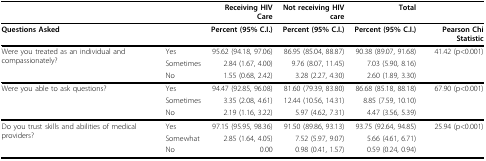
<table><thead><tr><td></td><td></td><td><b>Receiving HIV Care</b></td><td><b>Not receiving HIV care</b></td><td><b>Total</b></td><td></td></tr></thead><tbody><tr><td><b>Questions Asked</b></td><td></td><td><b>Percent (95% C.I.)</b></td><td><b>Percent (95% C.I.)</b></td><td><b>Percent (95% C.I.)</b></td><td><b>Pearson Chi Statistic</b></td></tr><tr><td rowspan="3">Were you treated as an individual and compassionately?</td><td>Yes</td><td>95.62 (94.18, 97.06)</td><td>86.95 (85.04, 88.87)</td><td>90.38 (89.07, 91.68)</td><td rowspan="3">41.42 (p&lt;0.001)</td></tr><tr><td>Sometimes</td><td>2.84 (1.67, 4.00)</td><td>9.76 (8.07, 11.45)</td><td>7.03 (5.90, 8.16)</td></tr><tr><td>No</td><td>1.55 (0.68, 2.42)</td><td>3.28 (2.27, 4.30)</td><td>2.60 (1.89, 3.30)</td></tr><tr><td rowspan="3">Were you able to ask questions?</td><td>Yes</td><td>94.47 (92.85, 96.08)</td><td>81.60 (79.39, 83.80)</td><td>86.68 (85.18, 88.18)</td><td>67.90 (p&lt;0.001)</td></tr><tr><td>Sometimes</td><td>3.35 (2.08, 4.61)</td><td>12.44 (10.56, 14.31)</td><td>8.85 (7.59, 10.10)</td></tr><tr><td>No</td><td>2.19 (1.16, 3.22)</td><td>5.97 (4.62, 7.31)</td><td>4.47 (3.56, 5.39)</td></tr><tr><td rowspan="3">Do you trust skills and abilities of medical providers?</td><td>Yes</td><td>97.15 (95.95, 98.36)</td><td>91.50 (89.86, 93.13)</td><td>93.75 (92.64, 94.85)</td><td rowspan="3">25.94 (p&lt;0.001)</td></tr><tr><td>Somewhat</td><td>2.85 (1.64, 4.05)</td><td>7.52 (5.97, 9.07)</td><td>5.66 (4.61, 6.71)</td></tr><tr><td>No</td><td>0.00</td><td>0.98 (0.41, 1.57)</td><td>0.59 (0.24, 0.94)</td></tr></tbody></table>